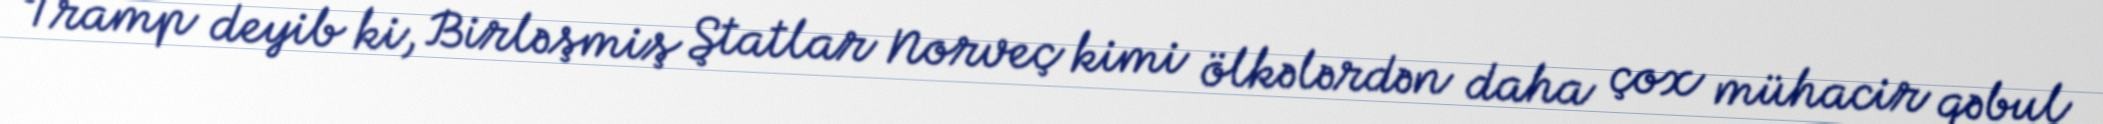
Tramp deyib ki, Birləşmiş Ştatlar Norveç kimi ölkələrdən daha çox mühacir qəbul